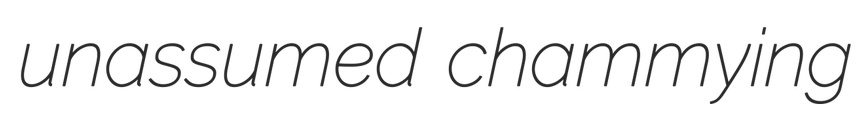
unassumed chammying